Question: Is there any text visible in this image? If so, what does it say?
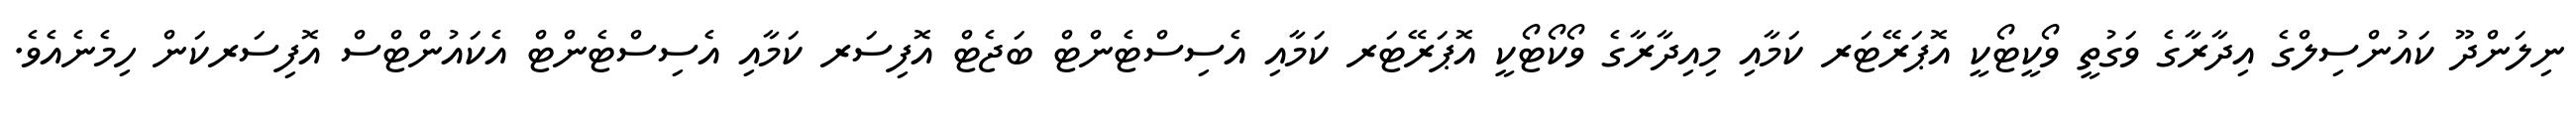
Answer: ނިލަންދޫ ކައުންސިލްގެ އިދާރާގެ ވަގުތީ ވޯކީޓޯކީ އޮޕަރޭޓަރ ކަމާއި މިއިދާރާގެ ވޯކޯޓޯކީ އޮޕަރޭޓަރ ކަމާއި އެސިސްޓެންޓް ބަޖެޓް އޮފިސަރ ކަމާއި އެސިސްޓެންޓް އެކައުންޓްސް އޮފިސަރކަން ހިމެނެއެވެ.